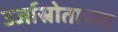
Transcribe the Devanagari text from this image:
उर्जास्रोताच्या